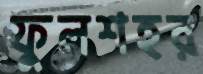
ফুলশহর